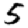
Digit: 5